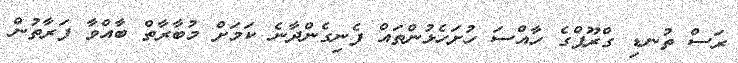
ރަސް ތުނޑި ގްރޫޕްގެ ހާއްސަ ހުށަހެޅުންތައް ފެނިގެންދާނެ ކަމަށް މުބާރާތް ބާއްވާ ފަރާތުން